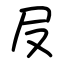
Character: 㞋